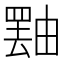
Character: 𪽝